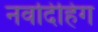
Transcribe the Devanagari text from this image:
नवदिहिंग